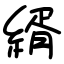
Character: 縃